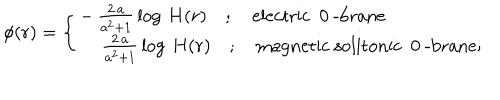
\phi ( r ) = \left\{ \left\{ \begin{cases} { { - \, \frac { 2 \, a } { a ^ { 2 } + 1 } \, \log \, H ( r ) \quad ; \quad \mathrm { e l e c t r i c ~ 0 ~ - b r a n e } } } \\ { { \quad \, \frac { 2 \, a } { a ^ { 2 } + 1 } \, \log \, H ( r ) \quad ; \quad \mathrm { m a g n e t i c ~ s o l i t o n i c ~ 0 ~ - b r a n e } ; } } \\ \end{cases} \right. \right.